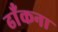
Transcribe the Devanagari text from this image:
ढाँकना